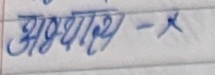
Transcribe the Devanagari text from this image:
अध्याय - X